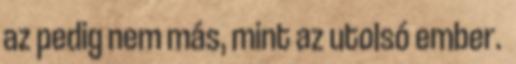
az pedig nem más, mint az utolsó ember.